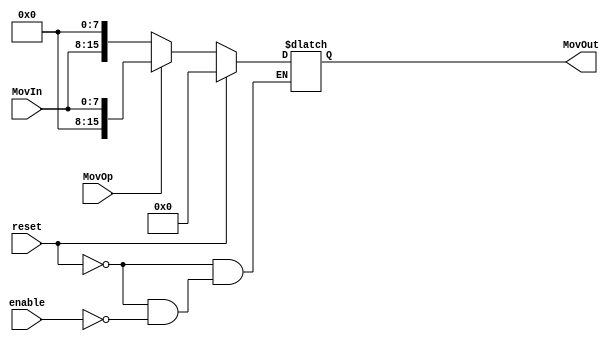
`timescale 1ns / 1ps
//////////////////////////////////////////////////////////////////////////////////
// Company: 
// Engineer: 
// 
// Design Name: 
// Module Name: mov_ext
// Project Name: 
// Target Devices: 
// Tool Versions: 
// Description: 
// 
// Dependencies: 
// 
// Revision:
// Revision 0.01 - File Created
// Additional Comments:
// 
//////////////////////////////////////////////////////////////////////////////////


module mov_ext(enable, reset, MovOp, MovIn, MovOut);
    input MovOp;
    input [7:0] MovIn;
    output reg [15:0] MovOut;
    input enable, reset;
    
    always @ (MovOp or MovIn)
    begin
        if (reset)
            MovOut = 0;
        else
        begin
            if (enable)
            begin
                if (MovOp == 0)
                    MovOut = { MovIn, {8{1'b0}} };
                else if (MovOp == 1)
                    MovOut = { {8{1'b0}}, MovIn };
            end
        end
    end
endmodule